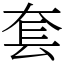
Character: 套